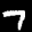
Label: 7